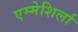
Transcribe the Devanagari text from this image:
एम्मेशिर्ला